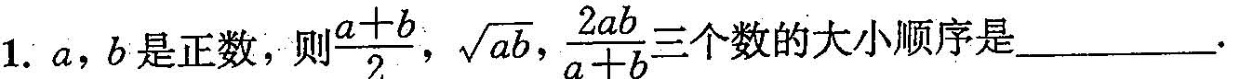
1.a，b是正数，则a \frac{a+b}{2}, \sqrt{ab}, \frac{2ab}{a+b} 三个数的大小顺序是_____.